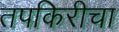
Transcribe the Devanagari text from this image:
तपकिरीचा